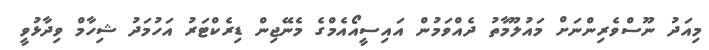
މިއަދު ނޫސްވެރިންނަށް މައުލޫމާތު ދެއްވަމުން އައިސީއޯއެމްގެ މެނޭޖިން ޑިރެކްޓަރު އަހުމަދު ޝިހާމް ވިދާޅުވީ